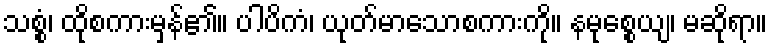
သစ္စံ၊ ထိုစကားမှန်၏။ ပါပိကံ၊ ယုတ်မာသောစကားကို။ နမုစ္စေယျ၊ မဆိုရာ။